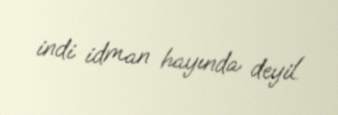
indi idman hayında deyil.